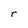
Character: r